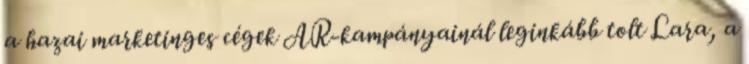
a hazai marketinges cégek AR-kampányainál leginkább tolt Lara, a